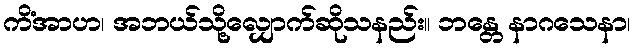
ကိံအာဟ၊ အဘယ်သို့လျှောက်ဆိုသနည်း။ ဘန္တေ နာဂသေနာ၊